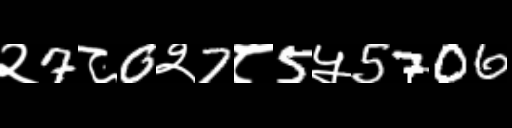
Text: २7८0२7८5५5706